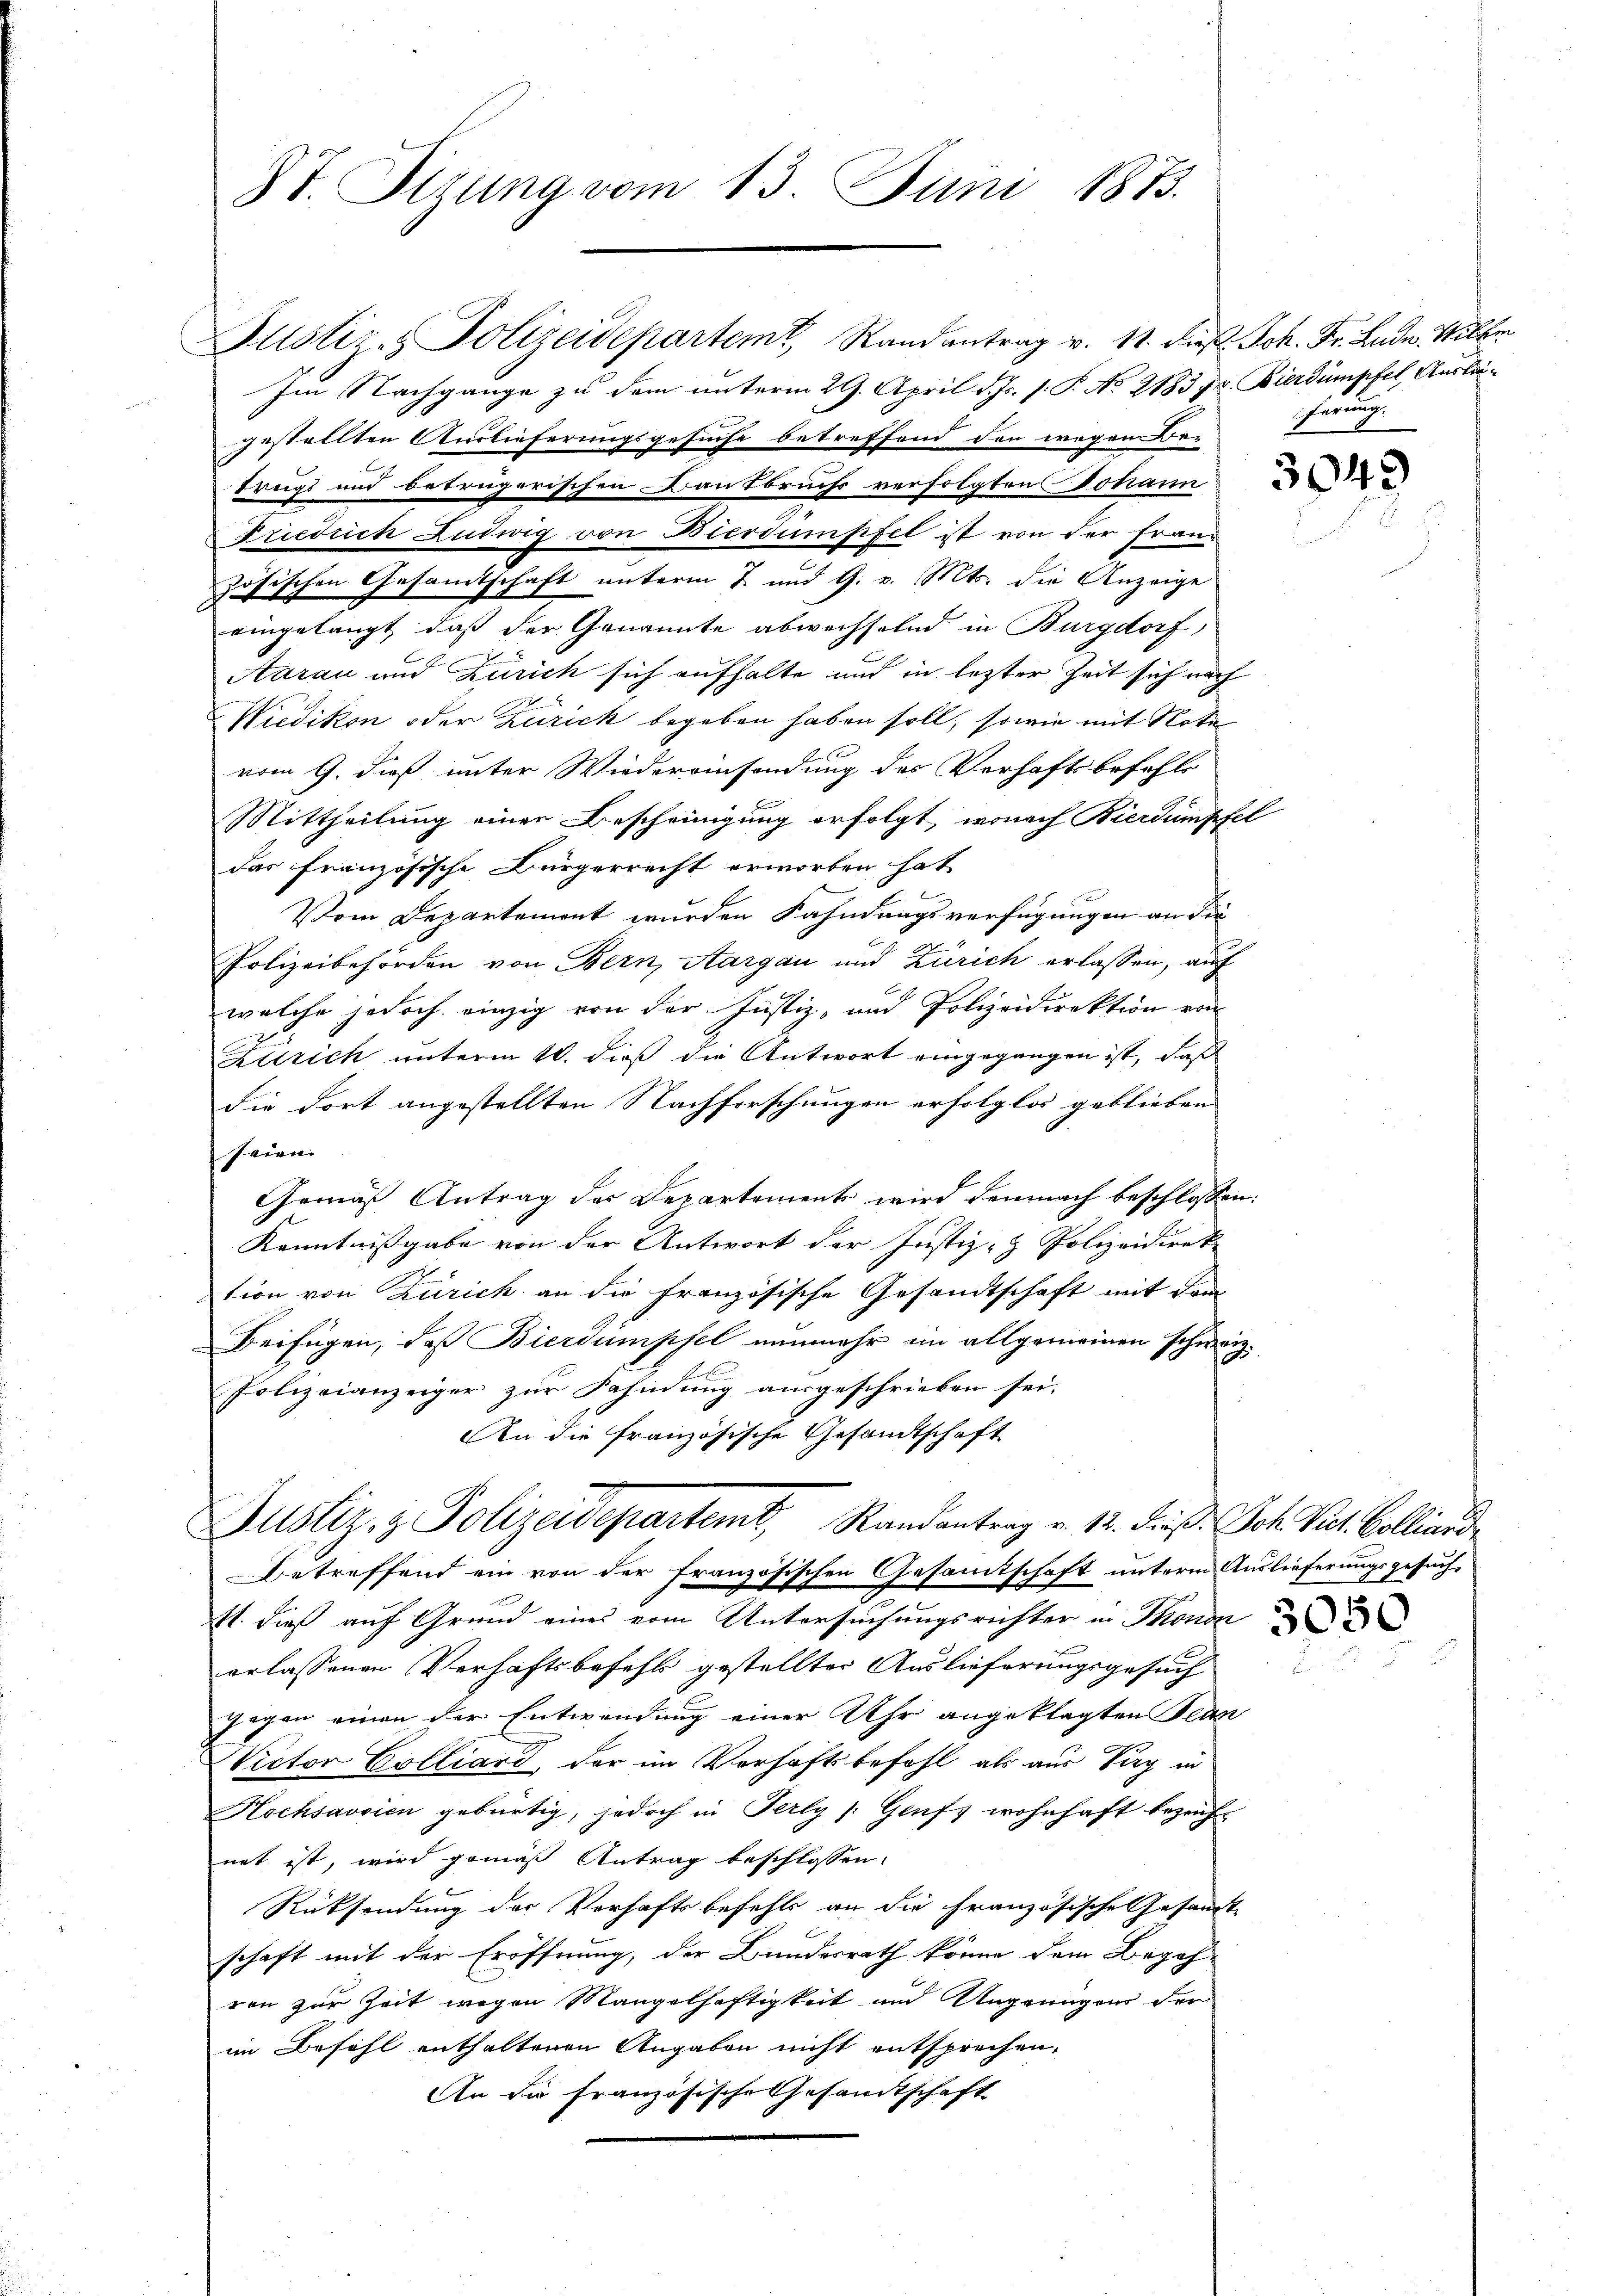
8t. Ottung vom 13. Juni 1873.

Justiz- & Polizeidepartem Randantrag v. 11. Die Joh. Fr. Lude. Willer
Im Nachgange zu dem unterm 29. April d. Js. s. P. No 2183 f. Bierdumpfel, Auslagestellten Auslieferungsgesuche betreffend den wegen Bre
trugs und betrügerischen Bantbruchs verfolgten Johann
Friedrich Ludwig von Bierdumpfel ist von der Französischen Gesandtschaft unterm 2 und 9. v. Mts. die Anzeige
eingelangt, daß der Genannte abwechselnd in Burgdorf,
Aarau und Zürich sich aufhalte und in lezter Zeit sich nach
Wiedikon oder Zürich begeben haben soll, sowie mit Note
vom 9. dieß unter Wiedereinsendung des Verhaftsbefehls
Mittheilung einer Bescheinigung erfolgt, wonach Bierdumpfel
das französische Bürgerrecht erworben hat
Vom Departement wurden Fahndungsverfügungen an die
Polizeibehörden von Bern, Aargau und Zürich erlassen, auf
welche jedoch einzig von der Justiz- und Polizeidirektion von
Zürich unterm 20. dieß die Antwort eingegangen ist, daß
die dort angestellten Nachforschungen erfolglos geblieben |
seien.
Gemäß Antrag der Departements wird demnach beschlossen:
Kenntnißgabe von der Antwort der Justiz- & Polizeidirek
tion von Zürich an die französische Gesandtschaft mit dem
Beifügen, daß Bierdumpfel nunmehr im allgemeinen schweiz.
Polizeianzeiger zur Fahndung ausgeschrieben sei.
An die französische Gesandtschaft
Justiz- & Polizeidepartemt, Randantrag v. 12. dieß. Joh. Kot. Collied
Betreffend ein von der französischen Gesamtschaft unterm Auslieferungsgesuch
Et. dieß auf Grund eines vom Untersuchungsrichter in Thonda
erlassenen Verhaftsbefehl gestellter Auslieferungsgesuch
gegen einen der Entwendung einer Uhr angeklagten Bean
Victor Colliard, der im Verhaftsbefohl als aus Sieg in
Hochsavsien gebürtig, jedoch in Perly /:Geufs wohnhaft bezeicht
net ist, wird gemäß Antrag beschlossen:
Rücksendung der Verhaftsbefehls an die Französische Gesamt
schaft mit der Eröffnung, der Bundesrath könne dem Begeh-
ren zur Zeit wegen Mangelhaftigkeit und Ungenügen der
im Befehl enthaltenen Angaben nicht entsprechen,
An die französische Gesandtschaft

herung.